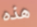
هذه